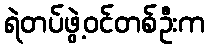
ရဲတပ်ဖွဲ့ဝင်တစ်ဦးက